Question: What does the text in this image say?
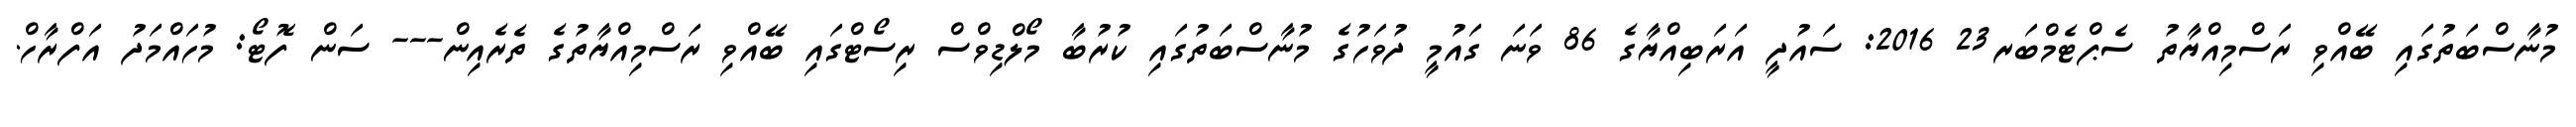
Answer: މުނާސްބަތުގައި ބޭއްވި ރަސްމިއްޔާތު ސެޕްޓެމްބަރ23 2016: ސައުދީ އަރަބިއްޔާގެ 86 ވަނަ ގައުމީ ދުވަހުގެ މުނާސްބަތުގައި ކުރުބާ މޯލްޑިވްސް ރިސޯޓްގައި ބޭއްވި ރަސްމިއްޔާތުގެ ތެރެއިން--- ސަން ފޮޓޯ: މުހައްމަދު އަފްރާހް.